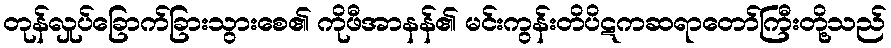
တုန်လှုပ်ခြောက်ခြားသွားစေ၏ ကိုဖီအာနန်၏ မင်းကွန်းတိပိဋကဆရာတော်ကြီးတို့သည်